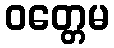
ဝတ္တေမ